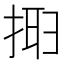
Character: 𢮮